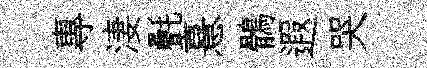
專淒㲲憙鶻遐哭